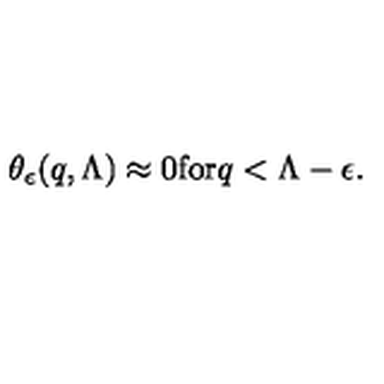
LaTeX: \theta _ { \epsilon } ( q , \Lambda ) \approx 0 \mathrm { f o r } q < \Lambda - \epsilon .